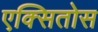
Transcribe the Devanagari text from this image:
एक्सितोस